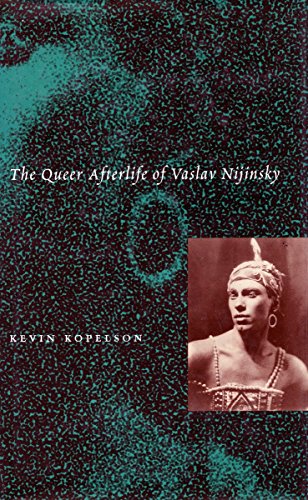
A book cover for The Queer Afterlife of Vaslav Nijinsky; Kevin Kopelson; Gay & Lesbian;